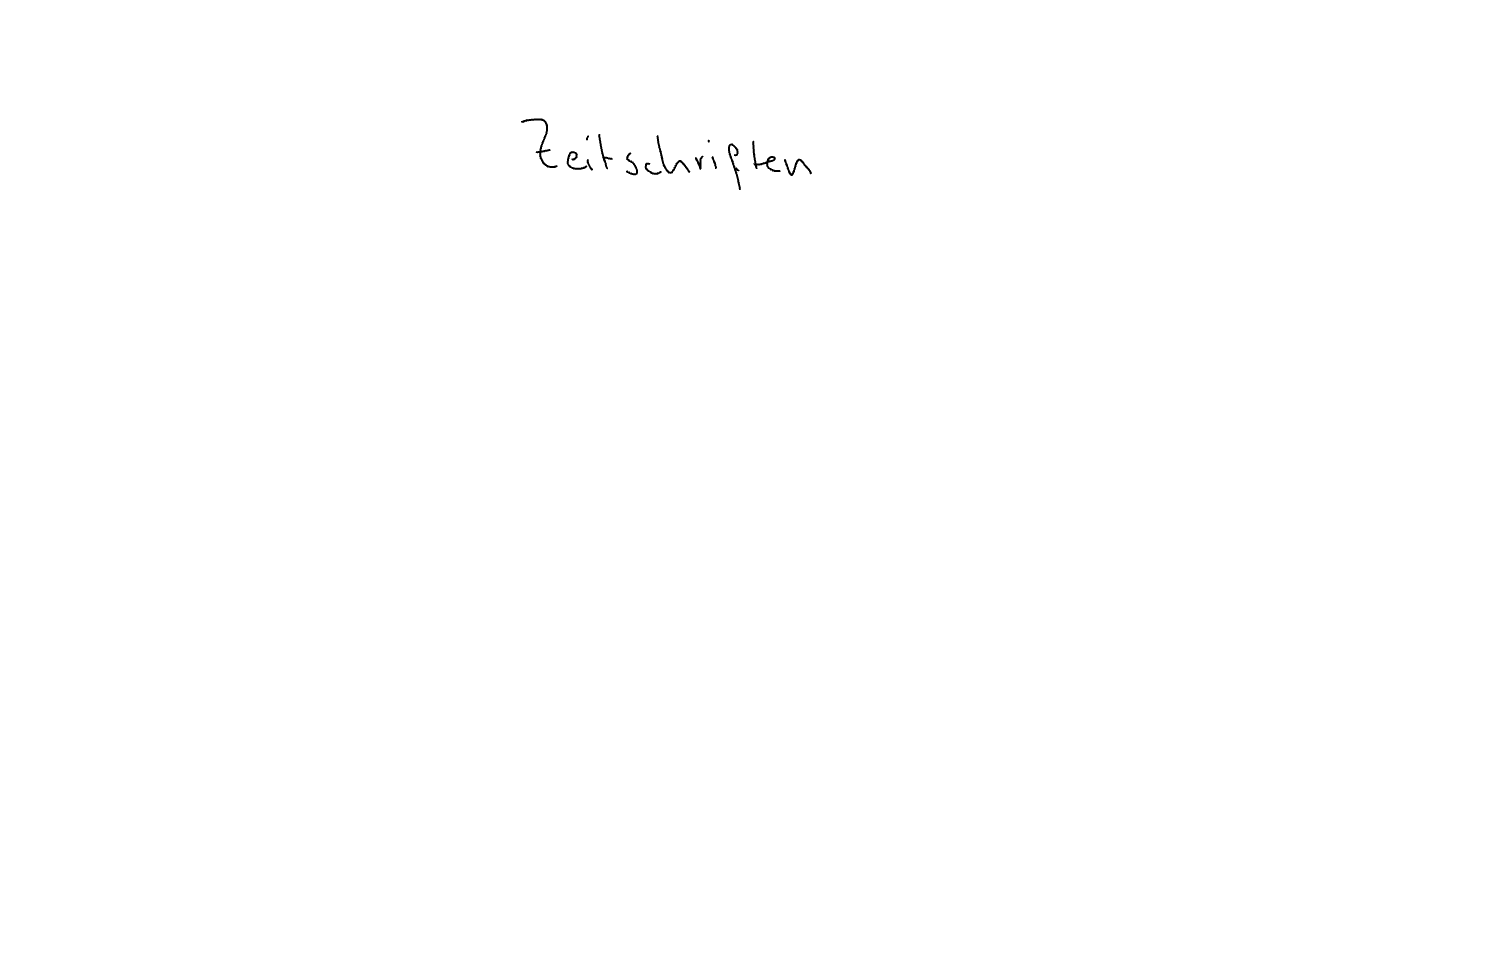
Text: Zeitschriften